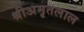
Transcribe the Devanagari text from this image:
श्रीअमृतलाल